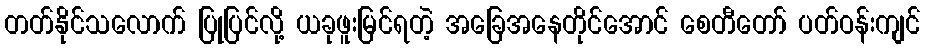
တတ်နိုင်သလောက် ပြုပြင်လို့ ယခုဖူးမြင်ရတဲ့ အခြေအနေတိုင်အောင် စေတီတော် ပတ်ဝန်းကျင်